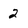
Character: 2